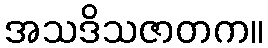
အသဒိသဇာတက။